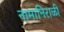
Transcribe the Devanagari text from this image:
नामानिराळी